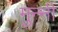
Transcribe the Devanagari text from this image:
मुन्‍नी